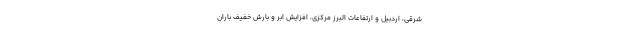
شرقی، اردبیل و ارتفاعات البرز مرکزی، افزایش ابر و بارش خفیف باران